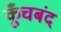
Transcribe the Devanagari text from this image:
कूँचबंद